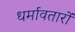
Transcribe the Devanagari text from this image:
धर्मावतारों